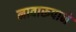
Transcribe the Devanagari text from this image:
नावारूपाने